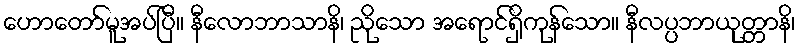
ဟောတော်မူအပ်ပြီ။ နီလောဘာသာနိ၊ ညိုသော အရောင်ရှိကုန်သော။ နီလပ္ပဘာယုတ္တာနိ၊